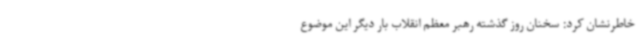
خاطرنشان کرد: سخنان روز گذشته رهبر معظم انقلاب بار دیگر این موضوع